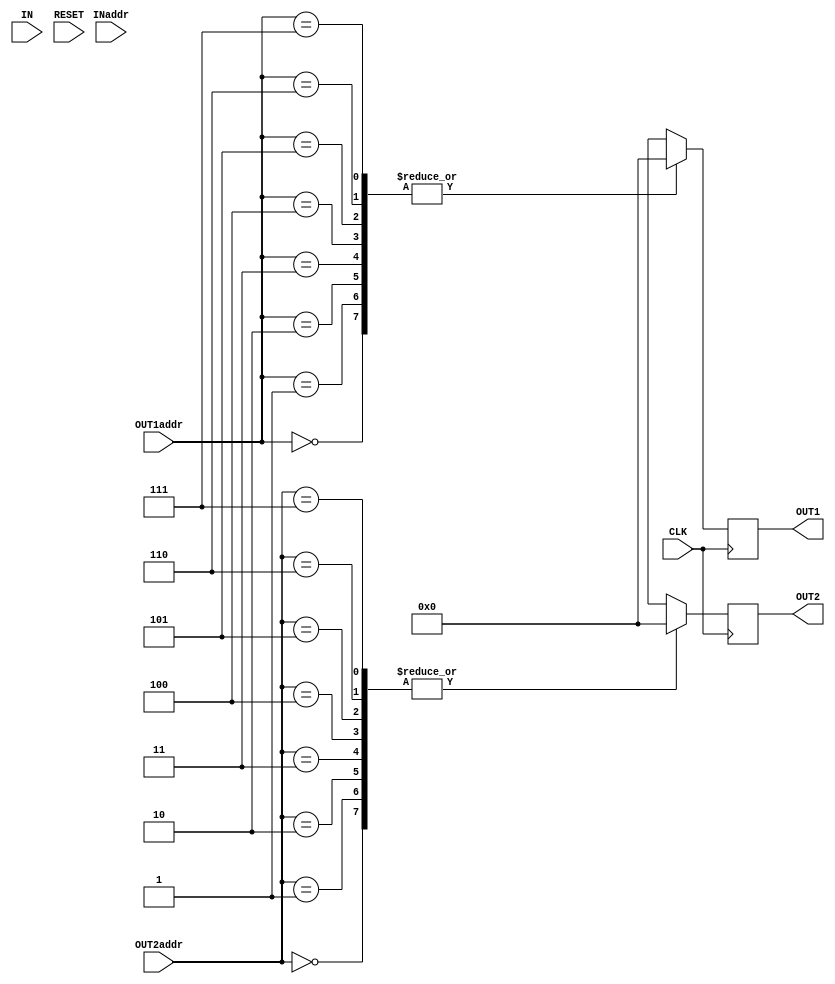
module reg_file(IN, OUT1, OUT2, INaddr, OUT1addr, OUT2addr, CLK, RESET);

input[7:0] IN;
input[2:0] INaddr,OUT1addr,OUT2addr;
input wire RESET,CLK;
output reg [7:0] OUT1,OUT2;

reg[7:0] R0,R1,R2,R3,R4,R5,R6,R7;
 initial begin
  R0 = 8'b00000000;
  R1 = 8'b00000000;
  R2 = 8'b00000000;
  R3 = 8'b00000000;
  R4 = 8'b00000000;
  R5 = 8'b00000000;
  R6 = 8'b00000000;
  R7 = 8'b00000000;
end
always @(posedge RESET) begin
  R0 = 8'b00000000;
  R1 = 8'b00000000;
  R2 = 8'b00000000;
  R3 = 8'b00000000;
  R4 = 8'b00000000;
  R5 = 8'b00000000;
  R6 = 8'b00000000;
  R7 = 8'b00000000;
end


always @(negedge CLK) begin
   case(INaddr)
    3'b000:R0=IN;
    3'b001:R1=IN;
    3'b010:R2=IN;
    3'b011:R3=IN;
    3'b100:R4=IN;
    3'b101:R5=IN;
    3'b110:R6=IN;
    3'b111:R7=IN;
   endcase
end


always @(posedge CLK) begin
   case(OUT1addr)
    3'b000:OUT1=R0;
    3'b001:OUT1=R1;
    3'b010:OUT1=R2;
    3'b011:OUT1=R3;
    3'b100:OUT1=R4;
    3'b101:OUT1=R5;
    3'b110:OUT1=R6;
    3'b111:OUT1=R7;
   endcase

   case(OUT2addr)
    3'b000:OUT2=R0;
    3'b001:OUT2=R1;
    3'b010:OUT2=R2;
    3'b011:OUT2=R3;
    3'b100:OUT2=R4;
    3'b101:OUT2=R5;
    3'b110:OUT2=R6;
    3'b111:OUT2=R7;
   endcase
end
endmodule